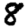
Digit: 8